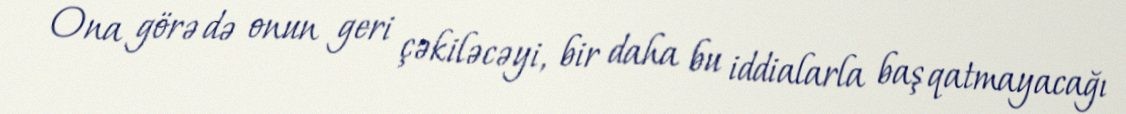
Ona görə də onun geri çəkiləcəyi, bir daha bu iddialarla baş qatmayacağı